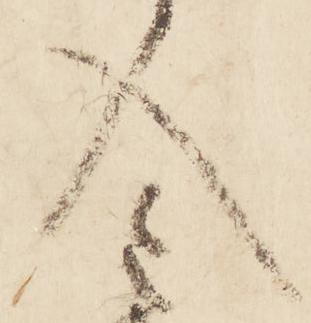
入